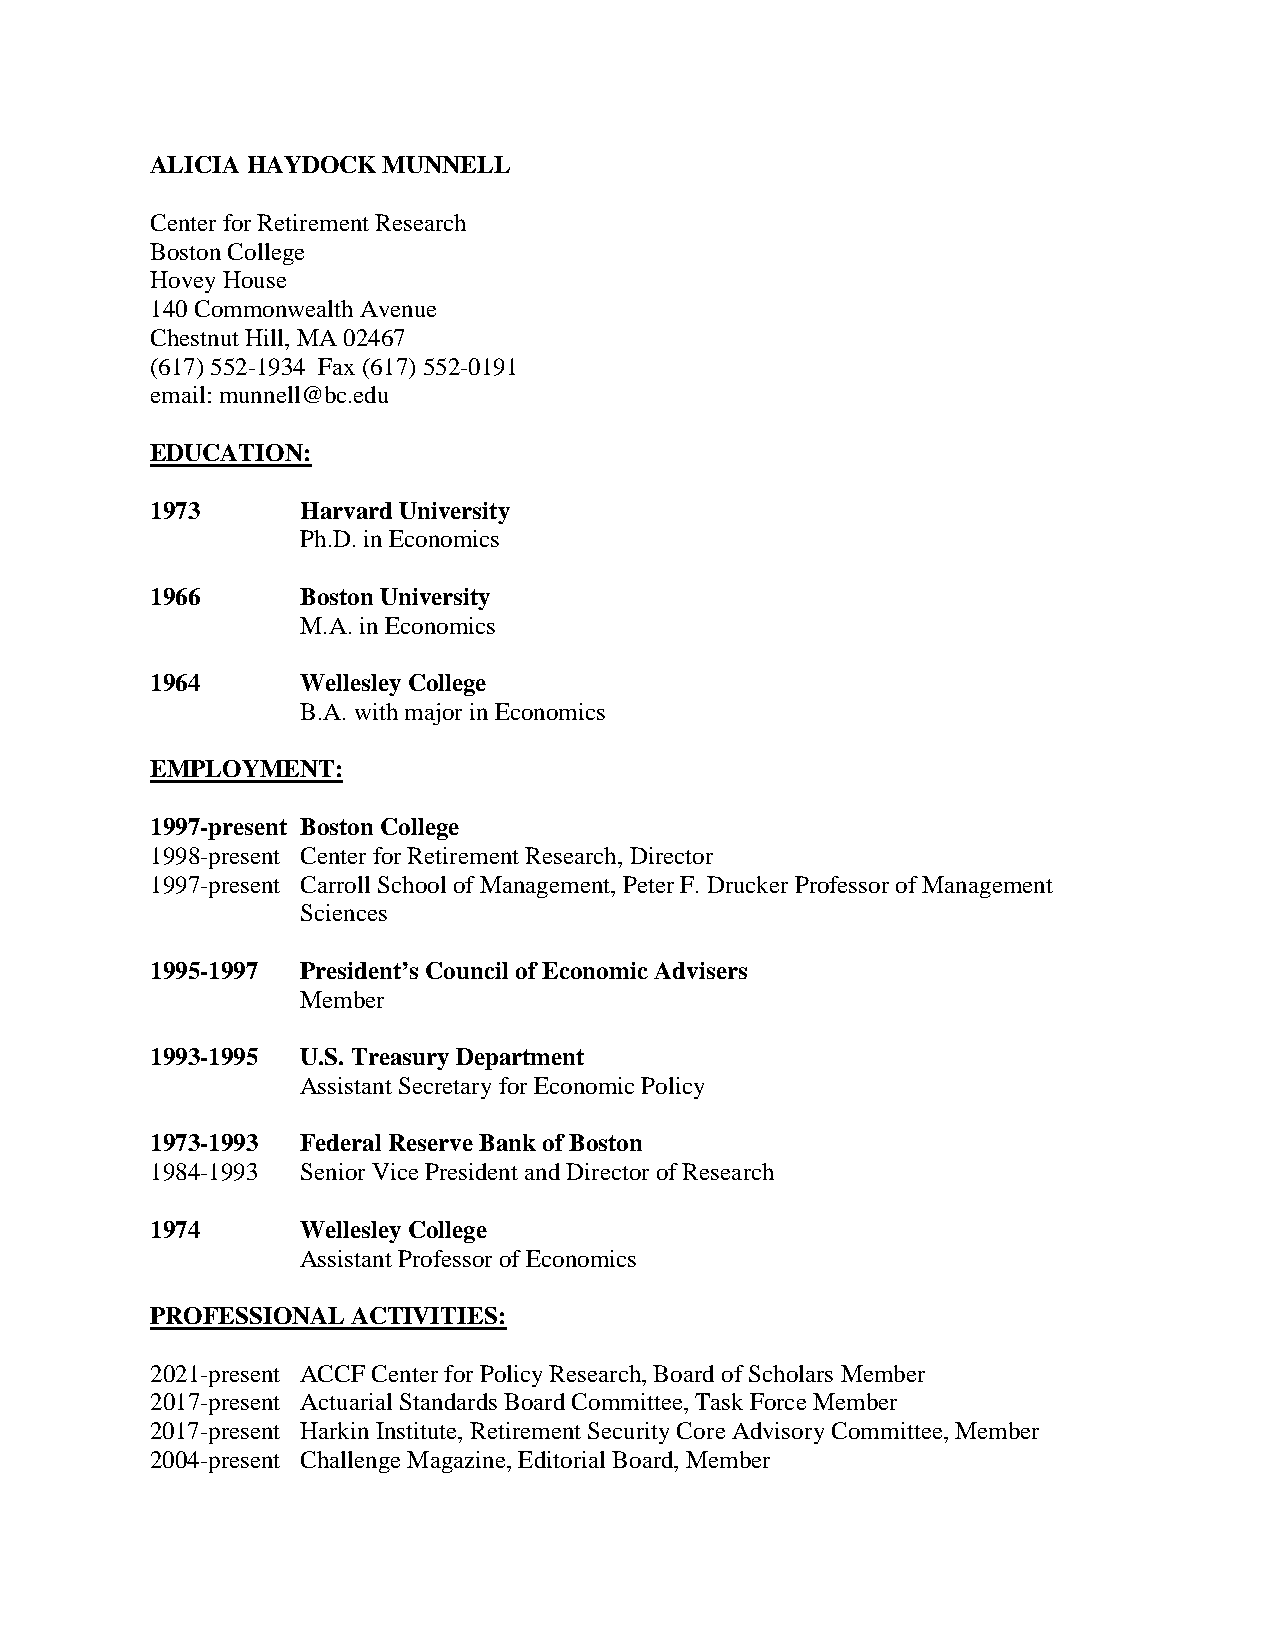
ALICIA HAYDOCK MUNNELL
 Center for Retirement Research
 Boston College
 Hovey House
 140 Commonwealth Avenue
 Chestnut Hill, MA 02467
 (617) 552-1934 Fax (617) 552-0191
 email: munnell@bc.edu
 EDUCATION:
 1973      Harvard University
 Ph.D. in Economics
 1966      Boston University
 M.A. in Economics
 1964      Wellesley College
 B.A. with major in Economics
 EMPLOYMENT:
 1997-present Boston College
 1998-present Center for Retirement Research, Director
 1997-present Carroll School of Management, Peter F. Drucker Professor of Management
 Sciences
 1995-1997 President’s Council of Economic Advisers
 Member
 1993-1995 U.S. Treasury Department
 Assistant Secretary for Economic Policy
 1973-1993 Federal Reserve Bank of Boston
 1984-1993 Senior Vice President and Director of Research
 1974      Wellesley College
 Assistant Professor of Economics
 PROFESSIONAL ACTIVITIES:
 2021-present ACCF Center for Policy Research, Board of Scholars Member
 2017-present Actuarial Standards Board Committee, Task Force Member
 2017-present Harkin Institute, Retirement Security Core Advisory Committee, Member
 2004-present Challenge Magazine, Editorial Board, Member